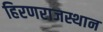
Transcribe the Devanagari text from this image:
हिरणराजस्थान